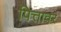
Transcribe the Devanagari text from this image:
पित्तावर